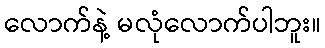
လောက်နဲ့ မလုံလောက်ပါဘူး။